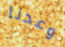
وعدنا